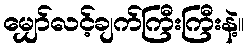
မျှော်လင့်ချက်ကြီးကြီးနဲ့။